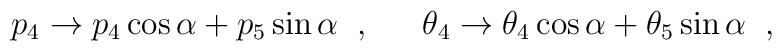
p_4\rightarrow p_4 \cos{\alpha}+p_5\sin{\alpha}            \;\; , \;\; \hspace{1em}   \theta_4 \rightarrow \theta_4 \cos{\alpha}+\theta_5 \sin{\alpha}           \;\; , \;\;